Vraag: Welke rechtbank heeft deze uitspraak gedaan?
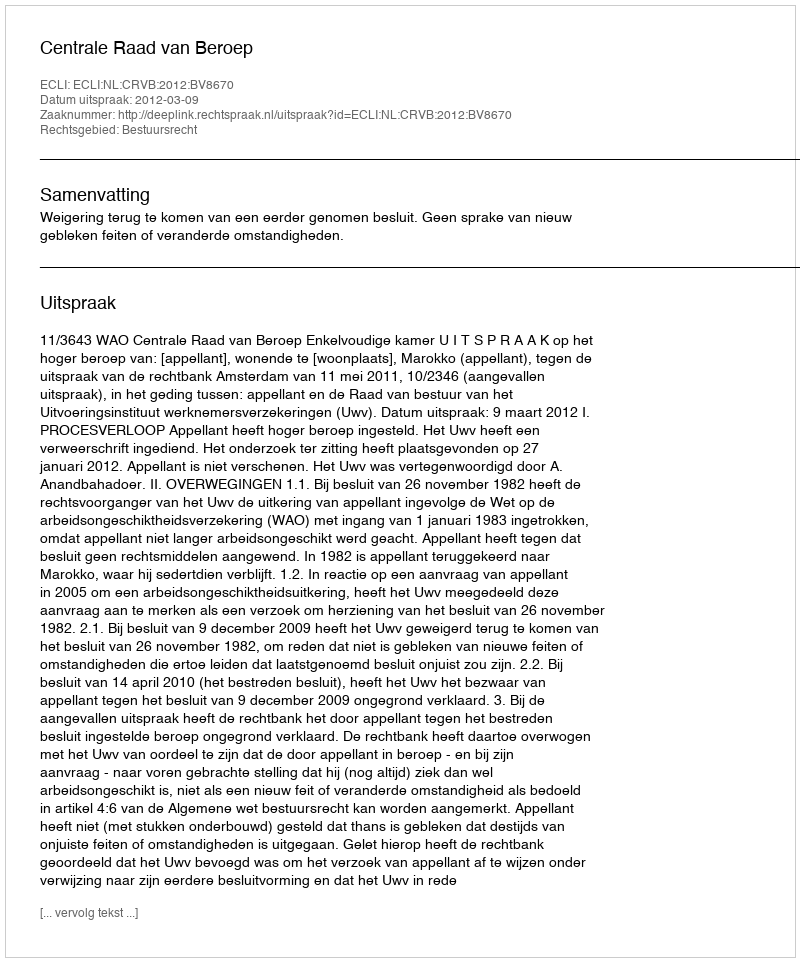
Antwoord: Centrale Raad van Beroep